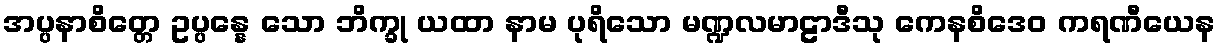
အပ္ပနာစိတ္တေ ဥပ္ပန္နေ သော ဘိက္ခု ယထာ နာမ ပုရိသော မဏ္ဍလမာဠာဒီသု ကေနစိဒေဝ ကရဏီယေန